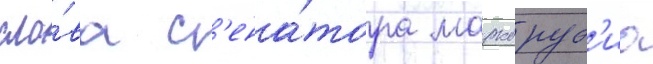
сло́ва с'ена́тора марко руб'ио